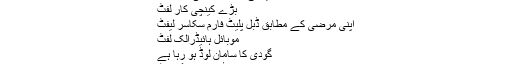
Hot Tags: تعمیراتی مواد لفٹ
بڑے کینچی کار لفٹ
اپنی مرضی کے مطابق ڈبل پلیٹ فارم سکاسر لیفٹ
موبائل ہائیڈرالک لفٹ
گودی کا سامان لوڈ ہو رہا ہے
ہائیڈرالک کارگو لفٹ